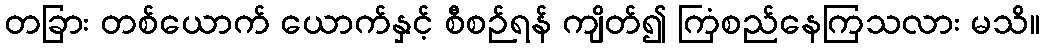
တခြား တစ်ယောက် ယောက်နှင့် စီစဉ်ရန် ကျိတ်၍ ကြံစည်နေကြသလား မသိ။